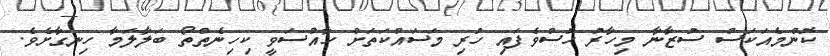
ކޮންމެއަކަސް ސުޒާނާ މިހާރު ހުސްވެފައި ހުރި މަސައްކަތަށް ހާއްސަވީ ކިހިނެތްތޯ ބަލާލަމާ ހިނގާށެވެ.